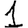
Digit: 1